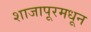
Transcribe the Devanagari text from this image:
शाजापूरमधून